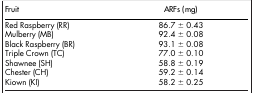
<table><thead><tr><td><b>Fruit</b></td><td><b>ARFs (mg)</b></td></tr></thead><tbody><tr><td>Red Raspberry (RR)</td><td>86.7 ± 0.43</td></tr><tr><td>Mulberry (MB)</td><td>92.4 ± 0.08</td></tr><tr><td>Black Raspberry (BR)</td><td>93.1 ± 0.08</td></tr><tr><td>Triple Crown (TC)</td><td>77.0 ± 0.10</td></tr><tr><td>Shawnee (SH)</td><td>58.8 ± 0.19</td></tr><tr><td>Chester (CH)</td><td>59.2 ± 0.14</td></tr><tr><td>Kiown (KI)</td><td>58.2 ± 0.25</td></tr></tbody></table>